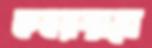
কবরস্তানে